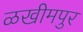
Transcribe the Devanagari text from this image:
ळखीमपुर